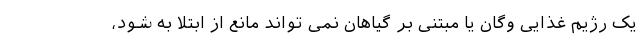
یک رژیم غذایی وگان یا مبتنی بر گیاهان نمی تواند مانع از ابتلا به شود،